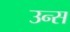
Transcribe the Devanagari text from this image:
उन्स